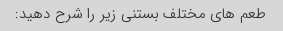
طعم های مختلف بستنی زیر را شرح دهید: